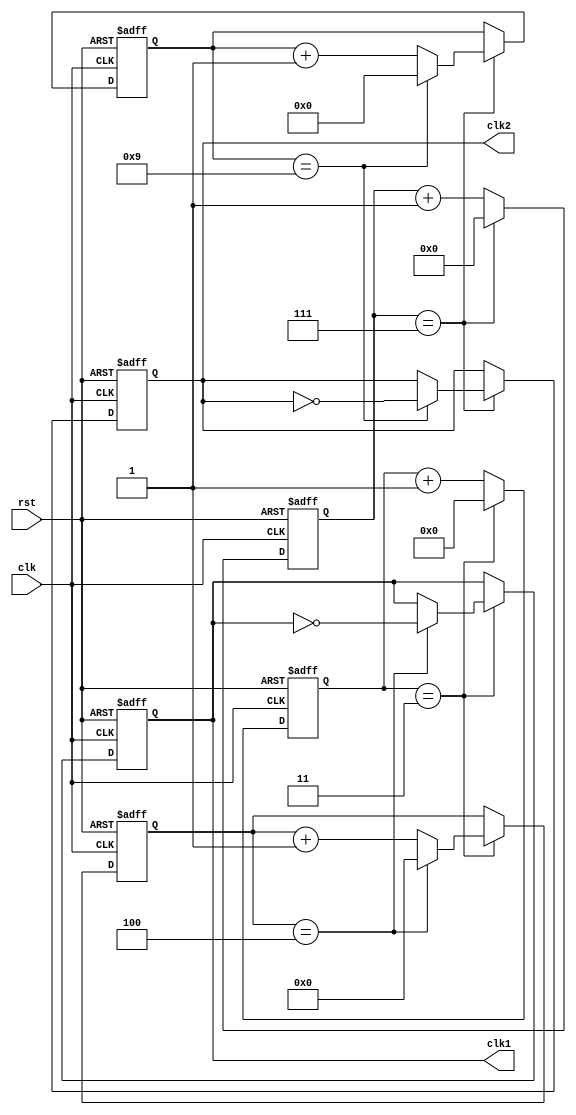
module multirate_timer (
    input wire clk,
    input wire rst,
    output wire clk1,
    output wire clk2,
    // Add more output clocks as needed
    // Add more prescaler and counter values as needed
);

// Define the prescaler and counter values for each clock signal
parameter PRESCALER1 = 4; // Modify the value as needed for desired frequency
parameter COUNTER1 = 5;   // Modify the value as needed for desired frequency

parameter PRESCALER2 = 8; // Modify the value as needed for desired frequency
parameter COUNTER2 = 10;  // Modify the value as needed for desired frequency

// Add more prescaler and counter parameters as needed

reg [PRESCALER1-1:0] prescaler1;
reg [COUNTER1-1:0] counter1;
reg clk1_synced;

reg [PRESCALER2-1:0] prescaler2;
reg [COUNTER2-1:0] counter2;
reg clk2_synced;

// Add more prescaler, counter, and clock signal registers as needed

initial begin
    prescaler1 = 0;
    counter1 = 0;
    clk1_synced = 0;

    prescaler2 = 0;
    counter2 = 0;
    clk2_synced = 0;

    // Initialize more prescaler, counter, and clock signal registers as needed
end

always @(posedge clk or posedge rst) begin
    if (rst) begin
        prescaler1 <= 0;
        counter1 <= 0;
        clk1_synced <= 0;

        prescaler2 <= 0;
        counter2 <= 0;
        clk2_synced <= 0;

        // Reset more prescaler, counter, and clock signal registers as needed
    end else begin
        if (prescaler1 == (PRESCALER1 - 1)) begin
            prescaler1 <= 0;
            if (counter1 == (COUNTER1 - 1)) begin
                counter1 <= 0;
                clk1_synced <= ~clk1_synced;
            end else begin
                counter1 <= counter1 + 1;
            end
        end else begin
            prescaler1 <= prescaler1 + 1;
        end

        if (prescaler2 == (PRESCALER2 - 1)) begin
            prescaler2 <= 0;
            if (counter2 == (COUNTER2 - 1)) begin
                counter2 <= 0;
                clk2_synced <= ~clk2_synced;
            end else begin
                counter2 <= counter2 + 1;
            end
        end else begin
            prescaler2 <= prescaler2 + 1;
        end

        // Update more prescaler, counter, and clock signal logic as needed
    end
end

assign clk1 = clk1_synced;
assign clk2 = clk2_synced;
// Assign more output clocks as needed

endmodule